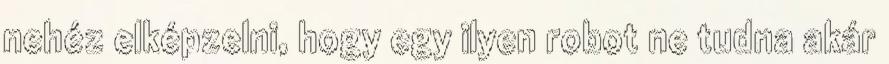
nehéz elképzelni, hogy egy ilyen robot ne tudna akár